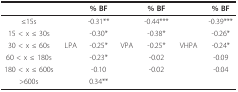
|  |  | % BF |  | % BF |  | % BF |
 | --- | --- | --- | --- | --- | --- | --- |
 | ≤15s |  | -0.31** |  | -0.44*** |  | -0.39*** |
 | 15 < x ≤ 30s |  | -0.30* |  | -0.38* |  | -0.26* |
 | 30 < x ≤ 60s | LPA | -0.25* | VPA | -0.25* | VHPA | -0.24* |
 | 60 < x ≤ 180s |  | -0.23* |  | -0.02 |  | -0.09 |
 | 180 < x ≤ 600s |  | -0.10 |  | -0.02 |  | -0.04 |
 | >600s |  | 0.34** |  |  |  |  |